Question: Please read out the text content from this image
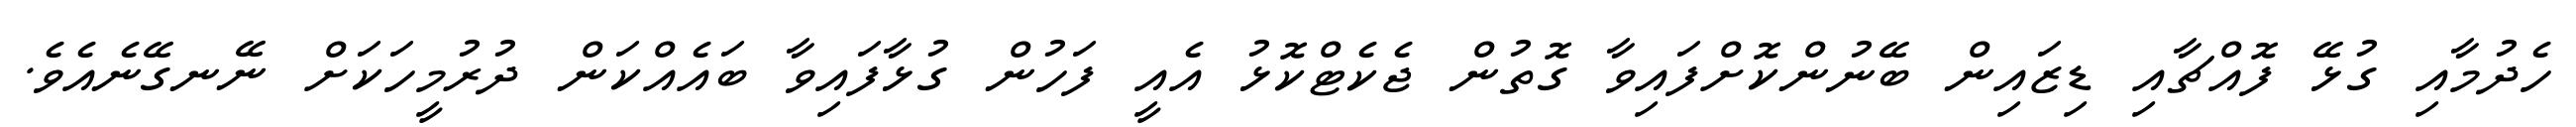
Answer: ހެދުމާއި ގުޅޭ ފޮއްޗާއި ޑިޒައިން ބޭނުންކޮށްފައިވާ ގޮތުން ޖެކެޓްކޮޅު އެއީ ފަހުން ގުޅާފައިވާ ބައެއްކަން ދުރުމީހަކަށް ނޭނގޭނެއެވެ.